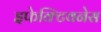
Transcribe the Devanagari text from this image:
इफेक्टिवनेस